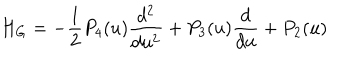
H _ { G } = - \frac { 1 } { 2 } P _ { 4 } ( u ) \frac { d ^ { 2 } } { d u ^ { 2 } } + P _ { 3 } ( u ) \frac { d } { d u } + P _ { 2 } ( u )